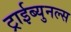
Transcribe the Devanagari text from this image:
ट्राईब्युनल्स